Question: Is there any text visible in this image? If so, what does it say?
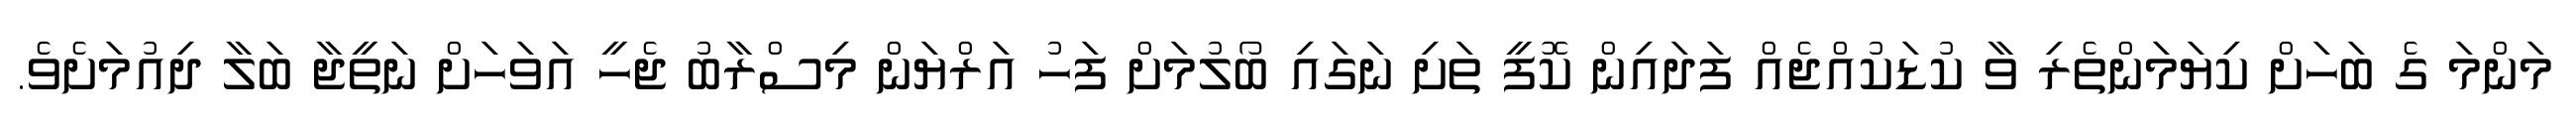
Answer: މަންމަ ގެ ބަހަށް ކިޔަމަންތެރި ވާ ކުޑަކުއްޖެއް ފަދައިން ކޮފީ ތަށި ނަގައި ބޯލުމަށް ފަހު އަރްޔަން މިސްރާބު ޖެހީ އަވަހަށް ނަތީޖާ ބަލާ ދިއުމަށެވެ.